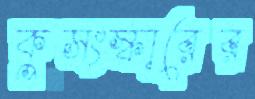
কুসংস্কারের